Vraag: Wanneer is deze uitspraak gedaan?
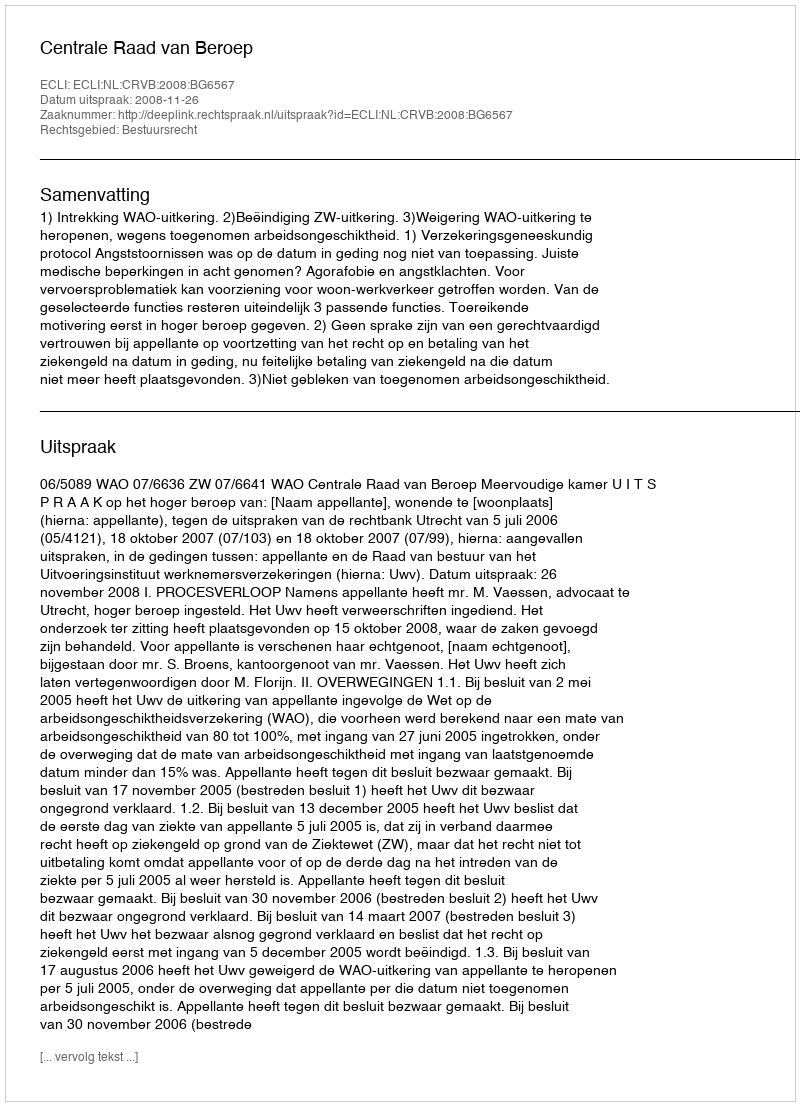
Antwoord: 2008-11-26